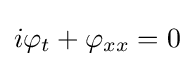
i\varphi _{t}+\varphi _{xx}=0